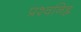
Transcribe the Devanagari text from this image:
प्रश्वनिह्न